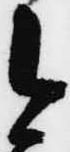
今